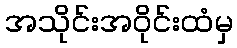
အသိုင်းအဝိုင်းထံမှ